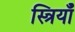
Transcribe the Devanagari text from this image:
स्त्रियॉँ